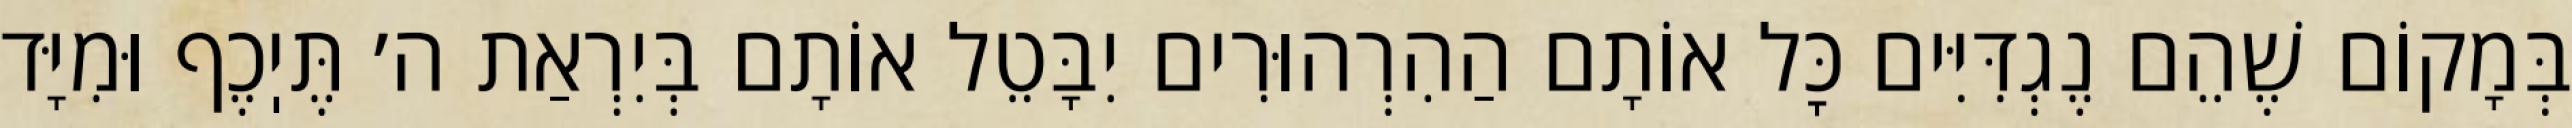
בְּמָקוֹם שֶׁהֵם נֶגְדִּיִּים כׇּל אוֹתָם הַהִרְהוּרִים יִבָּטֵל אוֹתָם בְּיִרְאַת ה׳ תֶּיֽכֶף וּמִיָּד